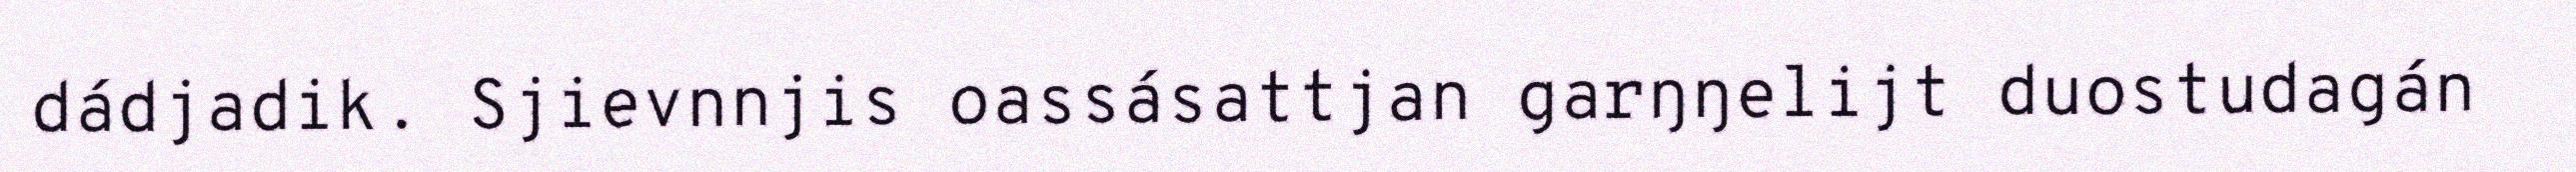
dádjadik. Sjievnnjis oassásattjan garŋŋelijt duostudagán